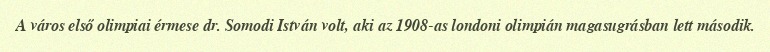
A város első olimpiai érmese dr. Somodi István volt, aki az 1908-as londoni olimpián magasugrásban lett második.